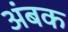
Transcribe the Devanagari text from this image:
अंबक